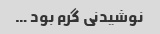
نوشیدنی گرم بود …